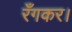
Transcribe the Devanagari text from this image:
रँगकर।